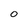
Character: 0